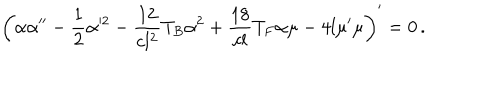
LaTeX: \left( \alpha \alpha ^ { \prime \prime } - \frac 1 2 \alpha ^ { 2 } - \frac { 1 2 } { c l ^ { 2 } } T _ { B } \alpha ^ { 2 } + \frac { 1 8 } { c l } T _ { F } \alpha \mu - 4 l \mu ^ { \prime } \mu \right) ^ { \prime } = 0 \, .